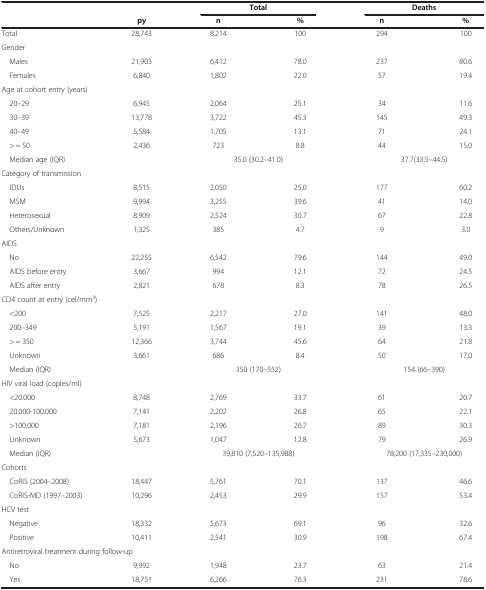
<table><thead><tr><td><b> </b></td><td><b> </b></td><td colspan="2"><b>Total</b></td><td colspan="2"><b>Deaths</b></td></tr><tr><td><b> </b></td><td><b>py</b></td><td><b>n</b></td><td><b>%</b></td><td><b>n</b></td><td><b>%</b></td></tr></thead><tbody><tr><td>Total</td><td>28,743</td><td>8,214</td><td>100</td><td>294</td><td>100</td></tr><tr><td colspan="6">Gender</td></tr><tr><td> Males</td><td>21,903</td><td>6,412</td><td>78.0</td><td>237</td><td>80.6</td></tr><tr><td> Females</td><td>6,840</td><td>1,802</td><td>22.0</td><td>57</td><td>19.4</td></tr><tr><td colspan="6">Age at cohort entry (years)</td></tr><tr><td> 20–29</td><td>6,945</td><td>2,064</td><td>25.1</td><td>34</td><td>11.6</td></tr><tr><td> 30–39</td><td>13,778</td><td>3,722</td><td>45.3</td><td>145</td><td>49.3</td></tr><tr><td> 40–49</td><td>5,584</td><td>1,705</td><td>13.1</td><td>71</td><td>24.1</td></tr><tr><td> &gt; = 50</td><td>2,436</td><td>723</td><td>8.8</td><td>44</td><td>15.0</td></tr><tr><td> Median age (IQR)</td><td> </td><td colspan="2">35.0 (30.2–41.0)</td><td colspan="2">37.7(33.5–44.5)</td></tr><tr><td colspan="6">Category of transmission</td></tr><tr><td> IDUs</td><td>8,515</td><td>2,050</td><td>25.0</td><td>177</td><td>60.2</td></tr><tr><td> MSM</td><td>9,994</td><td>3,255</td><td>39.6</td><td>41</td><td>14.0</td></tr><tr><td> Heterosexual</td><td>8,909</td><td>2,524</td><td>30.7</td><td>67</td><td>22.8</td></tr><tr><td> Others/Unknown</td><td>1,325</td><td>385</td><td>4.7</td><td>9</td><td>3.0</td></tr><tr><td colspan="6">AIDS</td></tr><tr><td> No</td><td>22,255</td><td>6,542</td><td>79.6</td><td>144</td><td>49.0</td></tr><tr><td> AIDS before entry</td><td>3,667</td><td>994</td><td>12.1</td><td>72</td><td>24.5</td></tr><tr><td> AIDS after entry</td><td>2,821</td><td>678</td><td>8.3</td><td>78</td><td>26.5</td></tr><tr><td colspan="6">CD4 count at entry (cel/mm<sup>3</sup>)</td></tr><tr><td> &lt;200</td><td>7,525</td><td>2,217</td><td>27.0</td><td>141</td><td>48.0</td></tr><tr><td> 200–349</td><td>5,191</td><td>1,567</td><td>19.1</td><td>39</td><td>13.3</td></tr><tr><td> &gt; = 350</td><td>12,366</td><td>3,744</td><td>45.6</td><td>64</td><td>21.8</td></tr><tr><td> Unknown</td><td>3,661</td><td>686</td><td>8.4</td><td>50</td><td>17.0</td></tr><tr><td> Median (IQR)</td><td> </td><td colspan="2">350 (170–552)</td><td colspan="2">154 (66–390)</td></tr><tr><td colspan="6">HIV viral load (copies/ml)</td></tr><tr><td> &lt;20.000</td><td>8,748</td><td>2,769</td><td>33.7</td><td>61</td><td>20.7</td></tr><tr><td> 20.000-100.000</td><td>7,141</td><td>2,202</td><td>26.8</td><td>65</td><td>22.1</td></tr><tr><td> &gt;100.000</td><td>7,181</td><td>2,196</td><td>26.7</td><td>89</td><td>30.3</td></tr><tr><td> Unknown</td><td>5,673</td><td>1,047</td><td>12.8</td><td>79</td><td>26.9</td></tr><tr><td> Median (IQR)</td><td> </td><td colspan="2">39,810 (7,520–135,988)</td><td colspan="2">78,200 (17,335–230,000)</td></tr><tr><td colspan="6">Cohorts</td></tr><tr><td> CoRIS (2004–2008)</td><td>18,447</td><td>5,761</td><td>70.1</td><td>137</td><td>46.6</td></tr><tr><td> CoRIS-MD (1997–2003)</td><td>10,296</td><td>2,453</td><td>29.9</td><td>157</td><td>53.4</td></tr><tr><td colspan="6">HCV test</td></tr><tr><td> Negative</td><td>18,332</td><td>5,673</td><td>69.1</td><td>96</td><td>32.6</td></tr><tr><td> Positive</td><td>10,411</td><td>2,541</td><td>30.9</td><td>198</td><td>67.4</td></tr><tr><td colspan="6">Antiretroviral treatment during follow-up</td></tr><tr><td> No</td><td>9,992</td><td>1,948</td><td>23.7</td><td>63</td><td>21.4</td></tr><tr><td> Yes</td><td>18,751</td><td>6,266</td><td>76.3</td><td>231</td><td>78.6</td></tr></tbody></table>